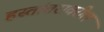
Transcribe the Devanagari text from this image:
हस्तांतरावरील